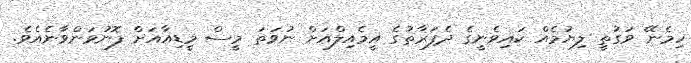
ހިމެނޭ ވަގުތީ ލިޔުމެއް ކައިވެނީގެ ދެފަރާތުގެ އީމެއިލްއަށް ނުވަތަ މީސް މީޑިއާއަށް ފޮނުވަންވާނެއެވެ.